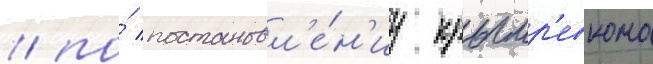
/ по́ постановл'е́н'иу крымр'евкома